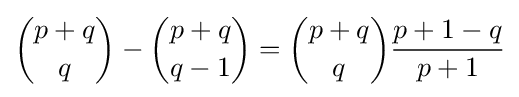
{\binom {p+q}{q}}-{\binom {p+q}{q-1}}={\binom {p+q}{q}}{\frac {p+1-q}{p+1}}